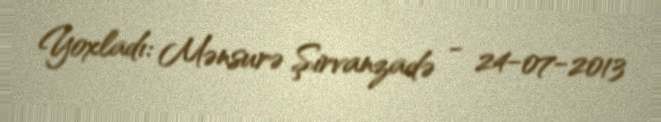
Yoxladı: Mənsurə Şirvanzadə - 24-07-2013